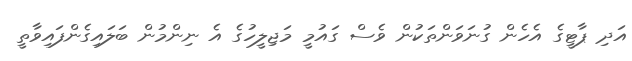
އަދި ޕާޓީގެ އެހެން ގުނަވަންތަކުން ވެސް ގައުމީ މަޖިލީހުގެ އެ ނިންމުން ބަލައިގެންފައިވާތީ